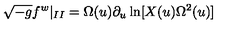
\sqrt { - g } f ^ { w } | _ { I I } = \Omega ( u ) \partial _ { u } \ln [ X ( u ) \Omega ^ { 2 } ( u ) ]